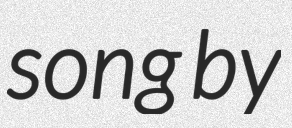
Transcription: song by